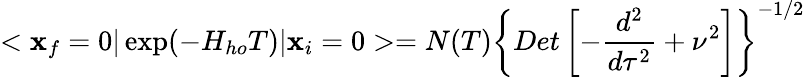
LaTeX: <\mathbf{x}_{f}=0\vert\exp(-H_{ho}T)\vert\mathbf{x}_{i}=0>=N(T)\left\{ Det\left[-{\frac{{d^{2}}}{{d\tau^{2}}}}+\nu^{2}\right]\right\} ^{-1/2}